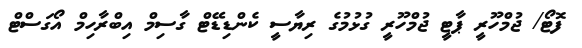
ފޮޓޯ/ ޖުމްހޫރީ ޕާޓީ ޖުމްހޫރީ ގުޅުމުގެ ރިޔާސީ ކެންޑިޑޭޓް ގާސިމް އިބްރާހިމް އޯގަސްޓް